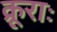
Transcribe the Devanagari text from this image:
क्रूराः